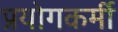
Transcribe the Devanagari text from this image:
प्रयोगकर्मी